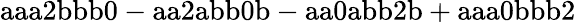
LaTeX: \mathrm{aaa2bbb0-aa2abb0b-aa0abb2b+aaa0bbb2}